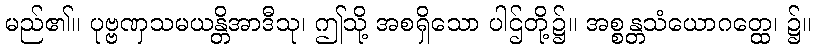
မည်၏။ ပုဗ္ဗဏှသမယန္တိအာဒီသု၊ ဤသို့ အစရှိသော ပါဌ်တို့၌။ အစ္စန္တသံယောဂတ္ထေ၊ ၌။